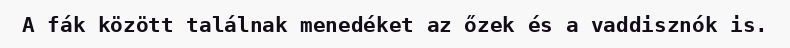
A fák között találnak menedéket az őzek és a vaddisznók is.